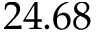
2 4 . 6 8